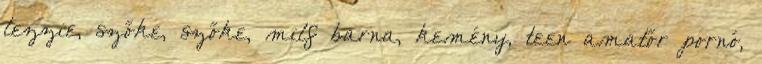
lezzie, szőke, szőke, milf barna, kemény, teen amatőr pornó,